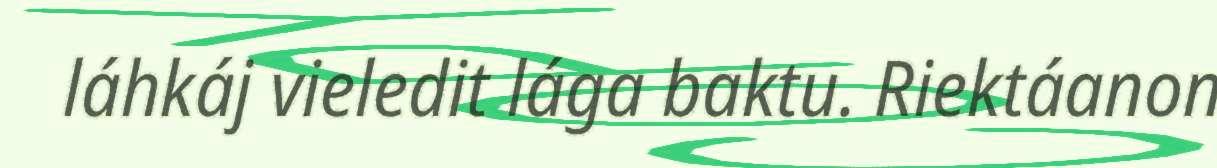
láhkáj vieledit lága baktu. Riektáanon